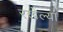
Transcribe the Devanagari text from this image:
रखेल्या